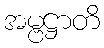
အမ္ဗဋ္ဌာတိ